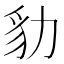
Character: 𧲡